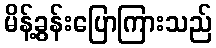
မိန့်ခွန်းပြောကြားသည်